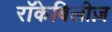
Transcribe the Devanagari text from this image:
रॉकेबिलीज़